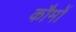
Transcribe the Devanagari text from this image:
कौमों